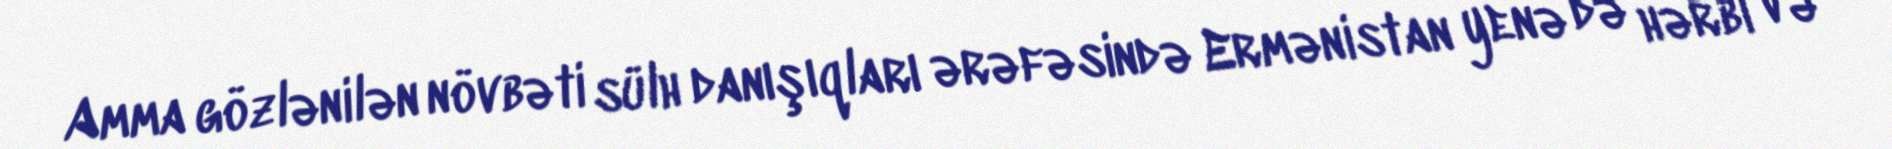
Amma gözlənilən növbəti sülh danışıqları ərəfəsində Ermənistan yenə də hərbi və